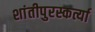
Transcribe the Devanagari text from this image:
शांतीपुरस्कर्त्या